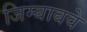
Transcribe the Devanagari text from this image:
जिम्बाबवे